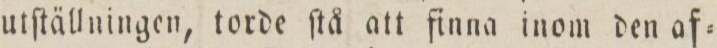
utſtällningen, torde ſtå att finna inom den af=